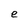
Character: e